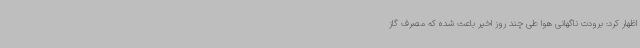
اظهار کرد: برودت ناگهانی هوا طی چند روز اخیر باعث شده که مصرف گاز